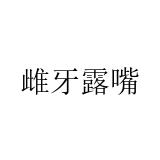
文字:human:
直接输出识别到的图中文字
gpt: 雌牙露嘴